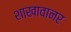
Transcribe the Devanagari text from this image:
शाखावानर